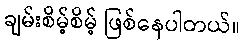
ချမ်းစိမ့်စိမ့် ဖြစ်နေပါတယ်။